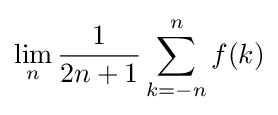
\lim _{n}{\frac {1}{2n+1}}\sum _{k=-n}^{n}f(k)